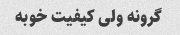
گرونه ولی کیفیت خوبه